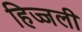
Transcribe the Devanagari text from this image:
हिज्जली